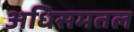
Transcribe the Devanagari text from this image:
अधिसमतल